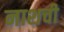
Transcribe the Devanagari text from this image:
नाशची